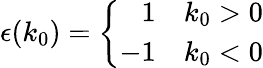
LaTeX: \epsilon(k_{0})=\left\{ \begin{array}{rl}{{1}}&{{k_{0}>0}}\\ {{-1}}&{{k_{0}<0}}\end{array}\right.